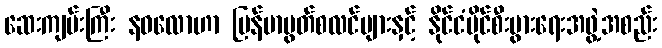
ဆေးကျမ်းကြီး နဝလောဟာ မြန်မာမွတ်စလင်များနှင့် နိုင်ငံပိုင်စီးပွားရေးအဖွဲ့အစည်း